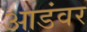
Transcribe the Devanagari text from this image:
आडंवर